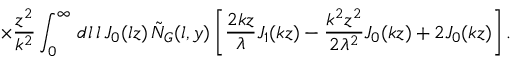
\times \frac { z ^ { 2 } } { k ^ { 2 } } \int _ { 0 } ^ { \infty } \, d l \, l \, J _ { 0 } ( l z ) \, \tilde { N } _ { G } ( l , y ) \left[ \frac { 2 k z } { \lambda } J _ { 1 } ( k z ) - \frac { k ^ { 2 } z ^ { 2 } } { 2 \lambda ^ { 2 } } J _ { 0 } ( k z ) + 2 J _ { 0 } ( k z ) \right] .